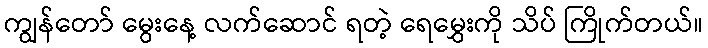
ကျွန်တော် မွေးနေ့ လက်ဆောင် ရတဲ့ ရေမွှေးကို သိပ် ကြိုက်တယ်။